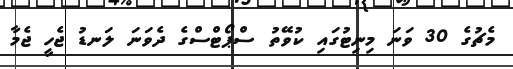
މެޗުގެ 30 ވަނަ މިނިޓުގައި ކުވޭތު ސްޕޯޓްސްގެ ދެވަނަ ލަނޑު ޖެހީ ޖެމާ